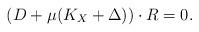
LaTeX: \begin{align*}(D+\mu(K_X+\Delta))\cdot R=0.\end{align*}